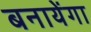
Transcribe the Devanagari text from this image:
बनायेंगा